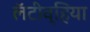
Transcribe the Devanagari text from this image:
लॅटीव्हिया